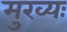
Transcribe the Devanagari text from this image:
मुख्यः